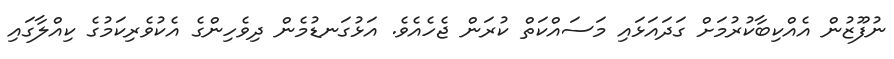
ނުފޫޒުން އެއްކިބާކުރުމަށް ގަދައަޅައި މަސައްކަތް ކުރަން ޖެހެއެވެ. އަަޅުގަނޑުމެން ދިވެހިންގެ އެކުވެރިކަމުގެ ކިއްލާގައި